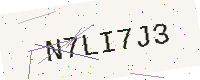
Text: N7LI7J3